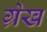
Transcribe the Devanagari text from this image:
ग्रेख